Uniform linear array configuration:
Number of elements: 32
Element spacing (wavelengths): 0.75
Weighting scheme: uniform
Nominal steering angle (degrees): -60
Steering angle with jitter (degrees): -60.635
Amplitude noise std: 0.05
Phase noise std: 0.05

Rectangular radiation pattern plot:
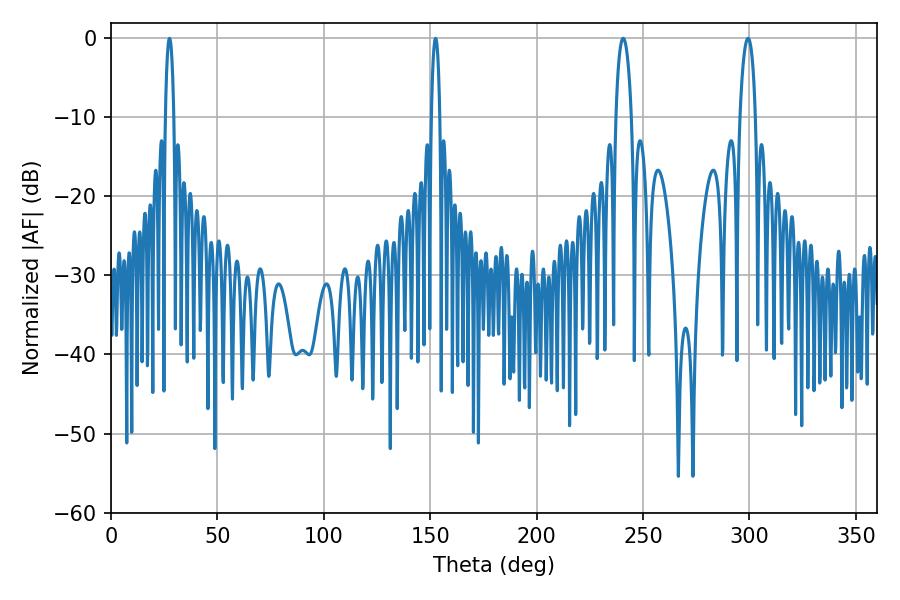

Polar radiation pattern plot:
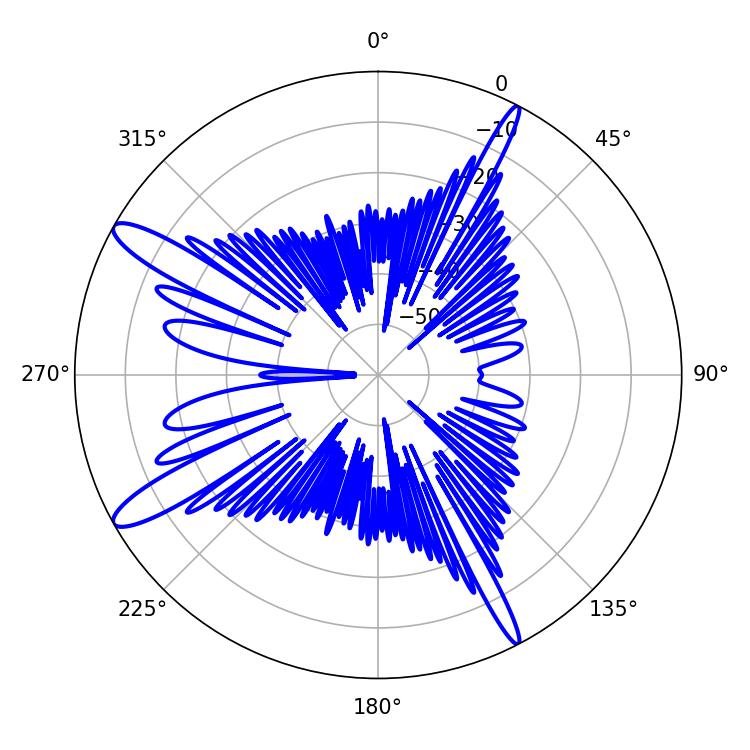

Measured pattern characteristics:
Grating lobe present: TRUE
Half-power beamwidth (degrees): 4.14
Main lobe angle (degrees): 240.66